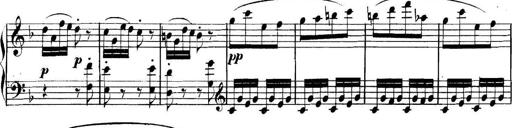
Title: Collected Piano Sonatas
Composer: Muzio Clementi